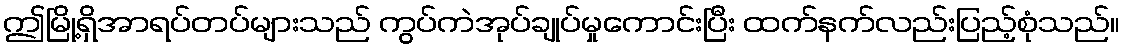
ဤမြို့ရှိအာရပ်တပ်များသည် ကွပ်ကဲအုပ်ချုပ်မှုကောင်းပြီး ထက်နက်လည်းပြည့်စုံသည်။